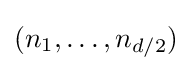
{\textstyle (n_{1},\ldots ,n_{d/2})}